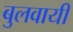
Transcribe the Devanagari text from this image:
बुलवायी